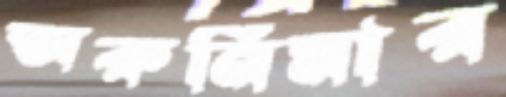
অরুনিমার